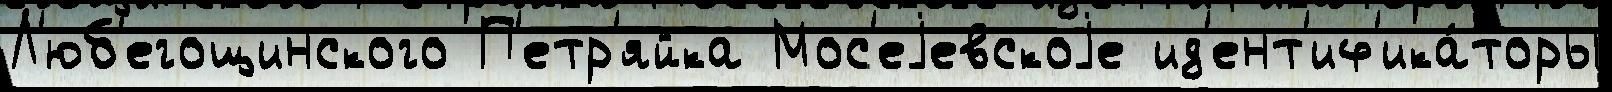
Л'юб'егощинского П'етр'яйка Мос'еjевскоjе ид'ент'иф'ика́торы